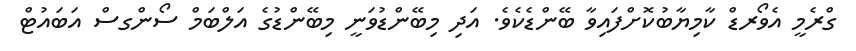
ގްރެމީ އެވޯރޑް ކާމިޔާބުކޮށްފައިވާ ބޭންޑެކެވެ. އަދި މިބޭންޑުވަނީ މިބޭންޑުގެ އަލްބަމް ސޯންގސް އަބައުޓް